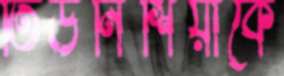
তিউনিশিয়াকে